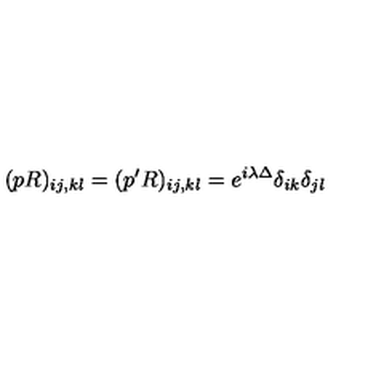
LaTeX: ( p R ) _ { i j , k l } = ( p ^ { \prime } R ) _ { i j , k l } = e ^ { i \lambda \Delta } \delta _ { i k } \delta _ { j l }